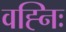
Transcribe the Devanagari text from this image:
वह्निः